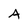
Character: A